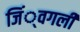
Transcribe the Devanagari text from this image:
जिं्वगली